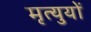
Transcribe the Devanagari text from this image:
मृत्युयों